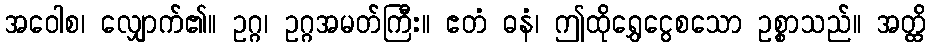
အဝေါစ၊ လျှောက်၏။ ဥဂ္ဂ၊ ဥဂ္ဂအမတ်ကြီး။ ဧတံ ဓနံ၊ ဤထိုရွှေငွေစသော ဥစ္စာသည်။ အတ္ထိ